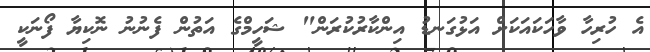
އެ ހުރިހާ ވާހަކައަކަށް އަޅުގަނޑު އިންކާރުކުރަން" ޝަހީމްގެ އަތުން ފެނުނު ނޮކިޔާ ފޯނަކީ